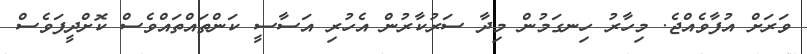
ވަރަށް އުފާވެއްޖެ. މިހާރު ހިނގަމުން މިދާ ސަރުކާރުން އެހުރި އަސާސީ ކަންތައްތައްވެސް ކޮށްދީފަވެސް